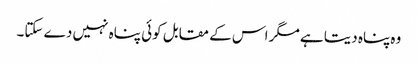
وہ پناہ دیتا ہے مگر اس کے مقابل کوئی پناہ نہیں دے سکتا۔